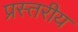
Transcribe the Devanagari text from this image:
प्रस्तरीय